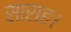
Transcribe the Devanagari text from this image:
साराह।